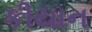
કીયાન